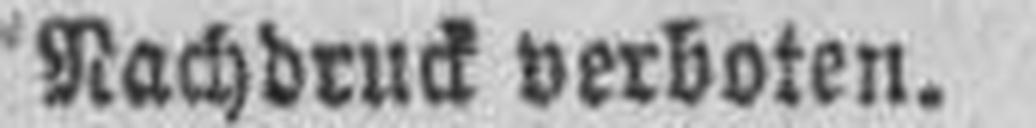
Nachdruck verboten.